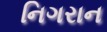
નિગરાન